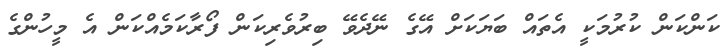
ކަންކަން ކުރުމަކީ އެތައް ބަޔަކަށް އޭގެ ނޭދެވޭ ބިރުވެރިކަން ފޯރާކަމެއްކަން އެ މީހުންގެ